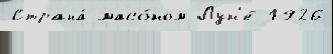
Страна́ масо́ном Лун'е́ 1926